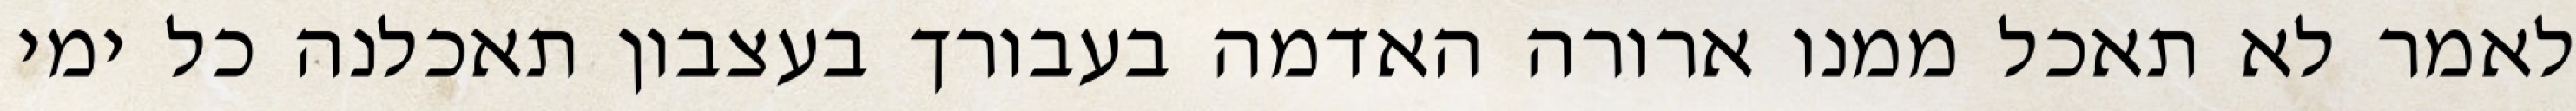
לאמר לא תאכל ממנו ארורה האדמה בעבורך בעצבון תאכלנה כל ימי